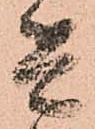
是